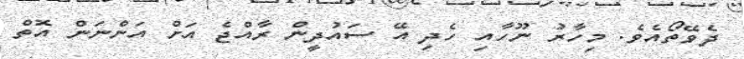
ދެވޭތޯއެވެ. މިހާރު ނޫހާއި ހެދި އޭ ސައުދީން ރާއްޖެ އަށް އަންނަން އޮތް